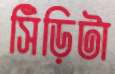
সিঁড়িটা